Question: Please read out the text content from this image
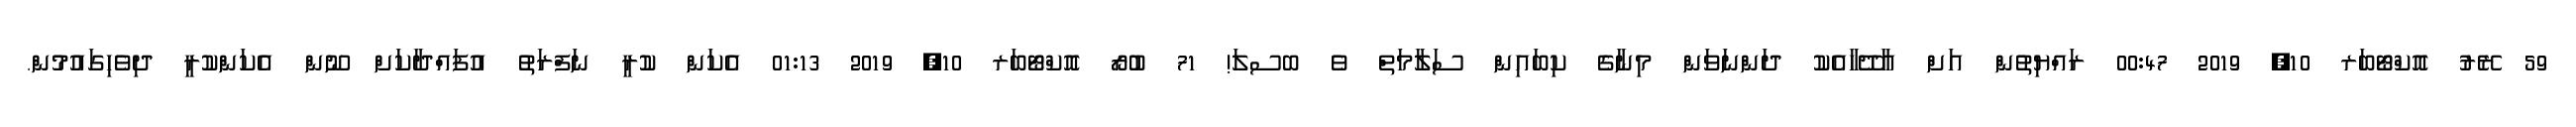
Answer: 59 ރޭރު އޮކްޓޯބަރ 10, 2019 00:47 ރައްޔިތުން އަށް އާދޭހާއެކު ދަންނަވަން މިނާގެ ކިބައިން ސަލާމަތް ވެ ބސލަ! 71 ބުރޯ އޮކްޓޯބަރ 10, 2019 01:13 އެކަން ކުރީ ނަފްރަތު އުފައްދާކަށް ނޫން އެކަންކުރީ ދިވެހިގައުމުން.